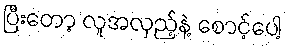
ပြီးတော့ လူအလှည့်နဲ့ စောင့်ပေါ့